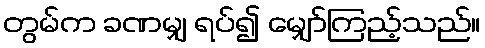
တွမ်က ခဏမျှ ရပ်၍ မျှော်ကြည့်သည်။